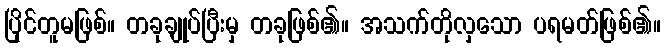
ပြိုင်တူမဖြစ်။ တခုချုပ်ပြီးမှ တခုဖြစ်၏။ အသက်တိုလှသော ပရမတ်ဖြစ်၏။